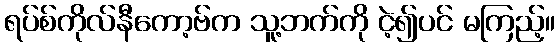
ရပ်စ်ကိုလ်နီကော့ဗ်က သူ့ဘက်ကို ငဲ့၍ပင် မကြည့်။